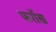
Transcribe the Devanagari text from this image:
फर्रोख